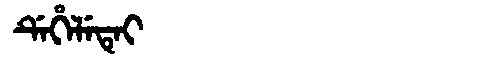
Manchu: ᡩᡝᡥᡝᠯᡝᡨᡝᡳ
Romanization: DEHELETEI